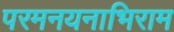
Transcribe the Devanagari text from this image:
परमनयनाभिराम